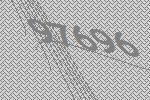
97696